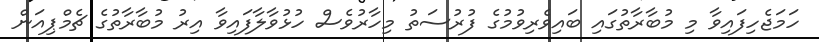
ހަމަޖެހިފައިވާ މި މުބާރާތުގައި ބައިވެރިވުމުގެ ފުރުސަތު މިހާރުވެސް ހުޅުވާލާފައިވާ އިރު މުބާރާތުގެ ޗެމްޕިއަން